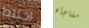
اختلط مفاجأه